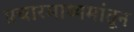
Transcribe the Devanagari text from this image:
प्रचारमाध्यमांतून